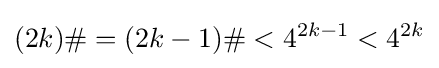
(2k)\#=(2k-1)\#<4^{2k-1}<4^{2k}